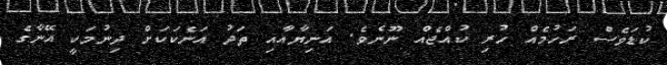
ކުޑަވެސް ރަހުމެއް ހުރި ކުއްޖެއް ނޫނެވެ. އަނިޔާއާއި ތަދު އަނެކަކަށް ދިނުމަކީ އޭނާގެ